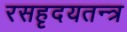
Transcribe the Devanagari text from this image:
रसहृदयतन्त्र